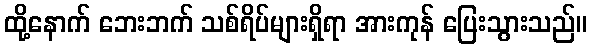
ထို့နောက် ဘေးဘက် သစ်ရိပ်များရှိရာ အားကုန် ပြေးသွားသည်။